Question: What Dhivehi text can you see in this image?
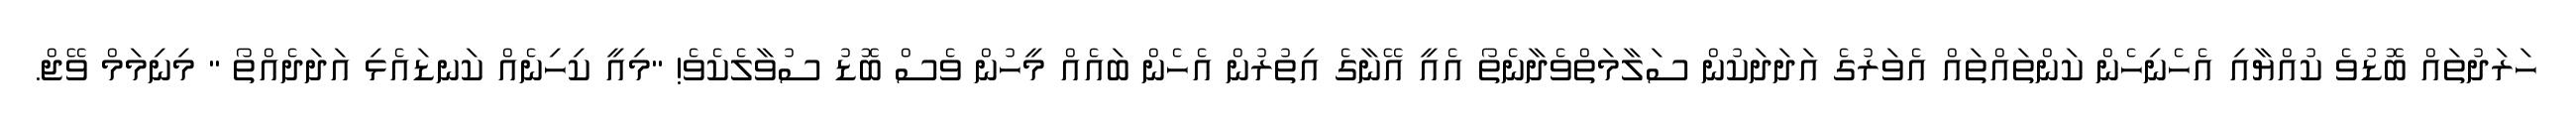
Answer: ހަރަދުތައް ބޮޑުވެ ކުއްޔާއި އެހެނިހެން ކަންތައްތައް އެވަރުގެ އަދަދަކުން ސަލާމަތްވެދާނެތޯ އެއީ އޭނާގެ އިތުރުން އެހެން ބައެއް މީހުން ވެސް ބޮޑު ސުވާލެކެވެ! "މިއީ ކިހިނެއް ކަނޑައެޅި އަދަދެއްތޯ " މިނިމަމް ވޭޖް.